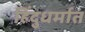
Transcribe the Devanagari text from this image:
हिंदुधर्मात